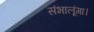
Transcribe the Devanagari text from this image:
संभालूंगा।